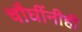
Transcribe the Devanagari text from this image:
चौघींनीही